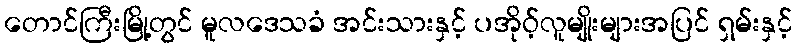
တောင်ကြီးမြို့တွင် မူလဒေသခံ အင်းသားနှင့် ပအိုဝ့်လူမျိုးများအပြင် ရှမ်းနှင့်